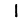
Digit: 1